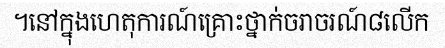
។នៅក្នុងហេតុការណ៍គ្រោះថ្នាក់ចរាចរណ៍៨លើក